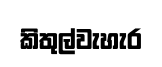
කිතුල්වැහැර